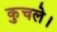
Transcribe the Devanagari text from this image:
कुचले।